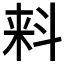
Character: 𬻢